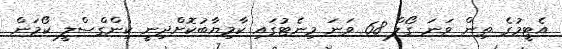
އެޓީމުގެ ތިން ވަނަ ގޯލް 68 ވަނަ މިނެޓުގައި ކާމިޔާބުކޮށްދިނީ ކިންގްސްލީ ކޯމަން